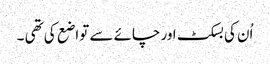
اُن کی بسکٹ اور چائے سے تواضع کی تھی ۔